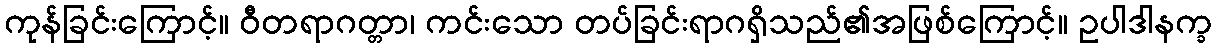
ကုန်ခြင်းကြောင့်။ ဝီတရာဂတ္တာ၊ ကင်းသော တပ်ခြင်းရာဂရှိသည်၏အဖြစ်ကြောင့်။ ဥပါဒါနက္ခ